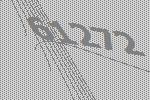
61272